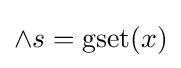
\land s=\operatorname {gset} (x)